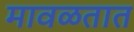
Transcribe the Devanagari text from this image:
मावळतात